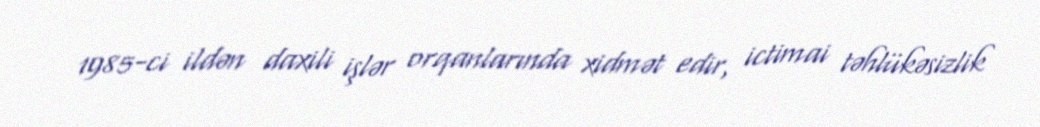
1985-ci ildən daxili işlər orqanlarında xidmət edir, ictimai təhlükəsizlik